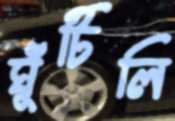
ঘুঁটিলি